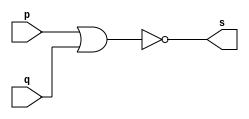
// ------------------------- 
// Exemplo0007 - NOR 
// Nome: Andr Henriques Fernandes 
// ------------------------- 
 
// --------------------- 
// -- nor gate 
// ---------------------

module norgate (output s, input p, input q);
	assign s = ~(p|q);
endmodule //norgate

// --------------------- 
// -- test norgate 
// --------------------- 

module testnorgate;
	reg a,b;
	wire s;
	norgate NOR1 (s,a,b);
	initial begin:start
		a=0;
		b=0;
	end
	initial begin:main
		$display("~(a|b) = s");
		$monitor("~(%b | %b) = %b",a,b,s);
		#1 a=0; b=1;
		$monitor("~(%b | %b) = %b",a,b,s);
		#1 a=1; b=0;
		$monitor("~(%b | %b) = %b",a,b,s);
		#1 a=1; b=1;
		$monitor("~(%b | %b) = %b",a,b,s);
	end
endmodule